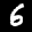
Label: 6